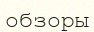
обзоры